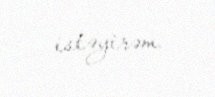
istəyirəm.